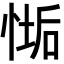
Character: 𢞄